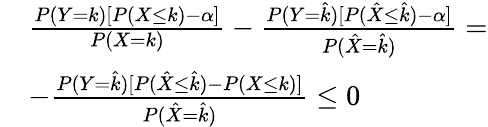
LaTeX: \begin{array}{rl}&{\frac{P(Y=k)[P(X\leq k)-\alpha]}{P(X=k)}-\frac{P(Y=\hat{k})[P(\hat{X}\leq\hat{k})-\alpha]}{P(\hat{X}=\hat{k})}=}\\ &{-\frac{P(Y=\hat{k})[P(\hat{X}\leq\hat{k})-P(X\leq k)]}{P(\hat{X}=\hat{k})}\leq 0}\end{array}